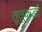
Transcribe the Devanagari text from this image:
तूतूकुडी